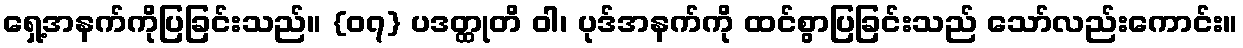
ရှေ့အနက်ကိုပြခြင်းသည်။ {၀၇} ပဒတ္ထုတိ ဝါ၊ ပုဒ်အနက်ကို ထင်စွာပြခြင်းသည် သော်လည်းကောင်း။